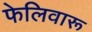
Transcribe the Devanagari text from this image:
फेलिवारू